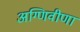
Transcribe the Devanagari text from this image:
अग्णिवीणा